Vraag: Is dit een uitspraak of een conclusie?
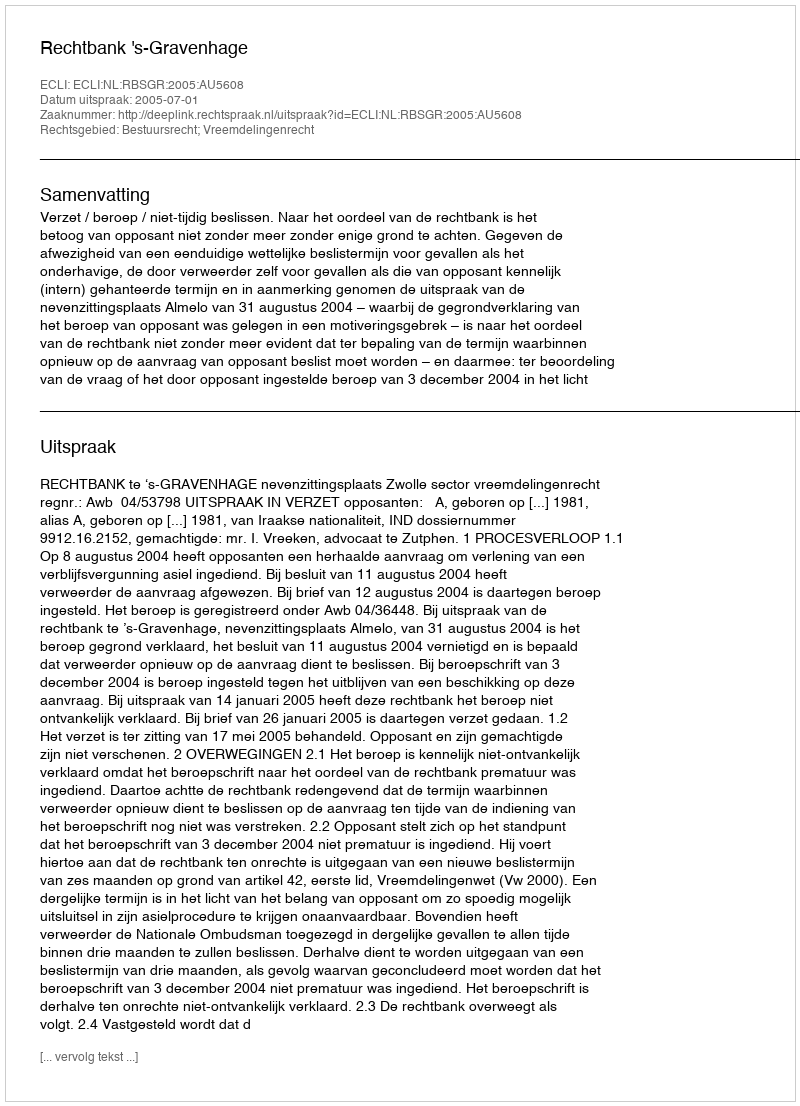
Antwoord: Uitspraak